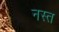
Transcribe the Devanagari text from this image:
नस्त